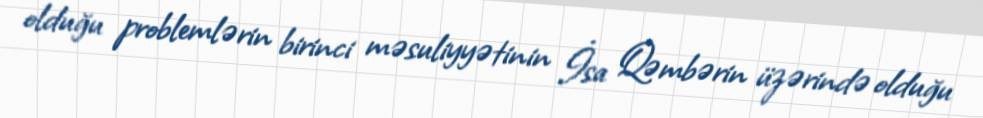
olduğu problemlərin birinci məsuliyyətinin İsa Qəmbərin üzərində olduğu